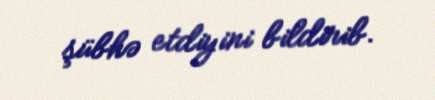
şübhə etdiyini bildirib.